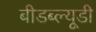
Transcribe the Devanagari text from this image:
बीडब्ल्यूडी